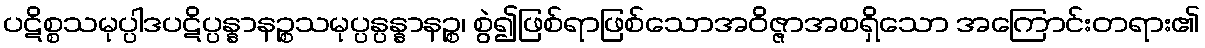
ပဋိစ္စသမုပ္ပါဒပဋိပ္ပန္နာနဉ္စသမုပ္ပန္ပန္နာနဉ္စ၊ စွဲ၍ဖြစ်ရာဖြစ်သောအဝိဇ္ဇာအစရှိသော အကြောင်းတရား၏